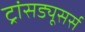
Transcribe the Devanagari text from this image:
ट्रांसड्यूसर्स